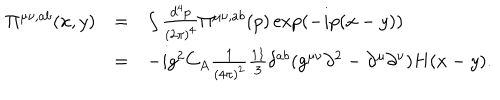
\begin{array} { r l l } { { \Pi ^ { \mu \nu , a b } ( x , y ) } } & { { = } } & { { \int \frac { d ^ { 4 } p } { ( 2 \pi ) ^ { 4 } } \Pi ^ { \mu \nu , a b } ( p ) \exp ( - i p ( x - y ) ) } } \\ { { } } & { { = } } & { { - i g ^ { 2 } C _ { A } \frac 1 { ( 4 \pi ) ^ { 2 } } \frac { 1 1 } { 3 } \delta ^ { a b } ( g ^ { \mu \nu } \partial ^ { 2 } - \partial ^ { \mu } \partial ^ { \nu } ) H ( x - y ) . } } \\ \end{array}